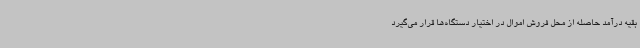
بقیه درآمد حاصله از محل فروش اموال در اختیار دستگاه‌ها قرار می‌گیرد